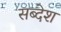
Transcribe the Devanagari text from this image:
सब्देश